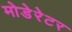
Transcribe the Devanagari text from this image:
मोडेरेटर